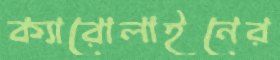
ক্যারোলাইনের